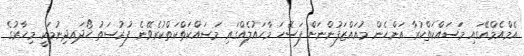
އެމްއެމްއޭގައި މަސައްކަތްކުރާ އަންހެން މުއައްޒަފުންނަށް ފަސޭހަ މާހައުލެއްގައި މަސައްކަތްކަތްކުރެވޭނެ ފުރުސަތު ހޯދައިދިނުމަކީ މިހާރުގެ